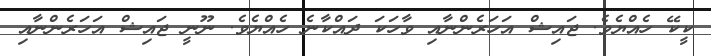
ކީކޭ ހެއްޔެވެ. ޖައިޝް އަހަރެންނާއި ވާހަކަ ދައްކާނެ ހެއްޔެވެ. ނޫނީ ޖައިޝް އަހަރެންނާއި